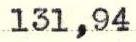
131,94